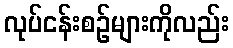
လုပ်ငန်းစဉ်များကိုလည်း